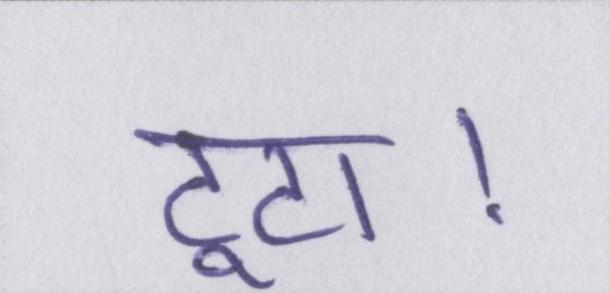
टूटा।